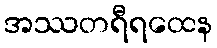
အဿတရီရထေန